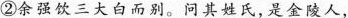
②余强饮三大白而别。问其姓氏，是金陵人，